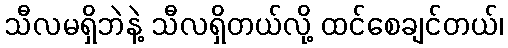
သီလမရှိဘဲနဲ့ သီလရှိတယ်လို့ ထင်စေချင်တယ်၊